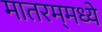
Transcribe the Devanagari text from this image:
मातरम्‌मध्ये